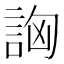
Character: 詾